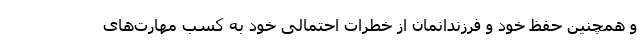
و همچنین حفظ خود و فرزندانمان از خطرات احتمالی خود به کسب مهارت‌های